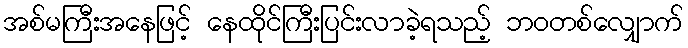
အစ်မကြီးအနေဖြင့် နေထိုင်ကြီးပြင်းလာခဲ့ရသည့် ဘဝတစ်လျှောက်